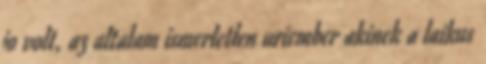
jo volt, az altalam ismerletlen uriember akinek a laikus